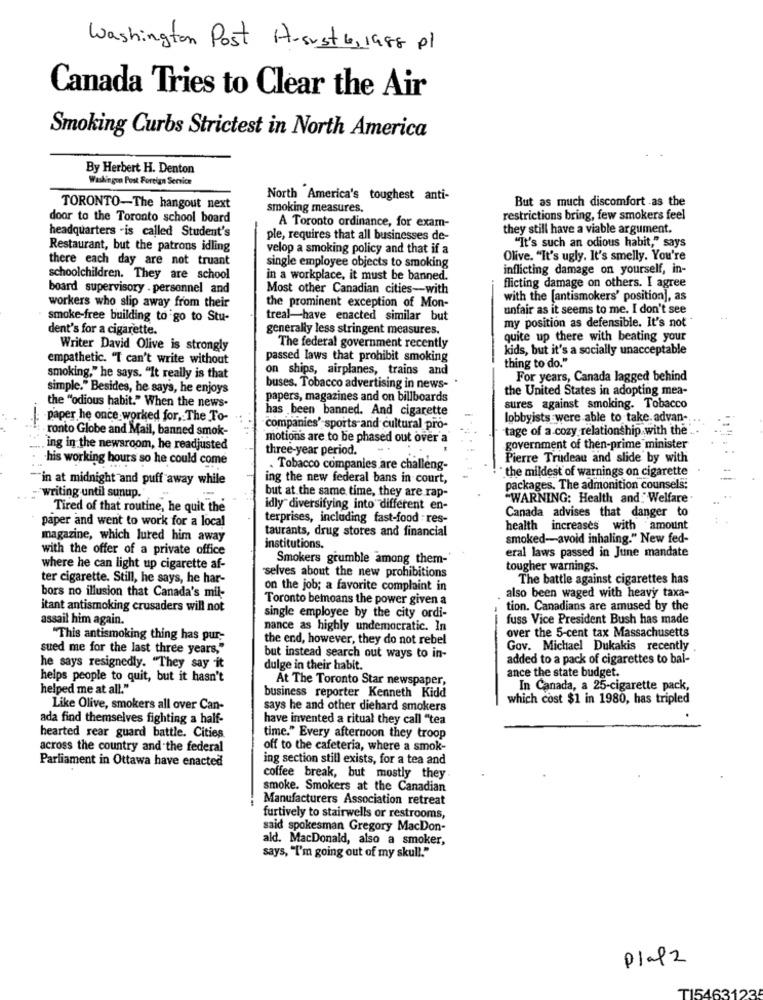
Washington Post Husust 6, 1988 pl
Canada Tries to Clear the Air
Smoking Curbs Strictest in North America
By Herbert H. Denton
Washingon Post Foreign Service
North America's toughest anti-
But as much discomfort .as the
TORONTO-The hangout next
smoking measures.
door to the Toronto school board
restrictions bring, few smokers feel
headquarters -is called Student's
A Toronto ordinance, for exam-
they still have a viable argument.
ple, requires that all businesses de-
"It's such an odious habit," says
Restaurant, but the patrons idling
velop a smoking policy and that if a
there each day are not truant
Olive. "It's ugly. It's smelly. You're
single employee objects to smoking
inflicting damage on yourself, in-
schoolchildren. They are school
in a workplace, it must be banned.
board supervisory . personnel and
Most other Canadian cities-with
flicting damage on others. I agree
with the [antismokers' position], as
workers who slip away from their
the prominent exception of Mon-
unfair as it seems to me. I don't see
smoke-free building to go to Stu-
treal-have enacted similar but
dent's for a cigarette.
generally less stringent measures.
my position as defensible. It's not
quite up there with beating your
Writer David Olive is strongly
The federal government recently
kids, but it's a socially unacceptable
empathetic. "I can't write without
passed laws that prohibit smoking
thing to do."
on ships, airplanes, trains and
smoking," he says. "It really is that
For years, Canada lagged behind
simple." Besides, he says, he enjoys
buses. Tobacco advertising in news-
the United States in adopting mea-
papers, magazines and on billboards
the "odious habit." When the news-
has been banned. And cigarette
sures against smoking. Tobacco
-paper he once worked for, The To-
lobbyists were able to take. advan-
ronto Globe and Mail, banned smok-
companies' sports and cultural pro-
tage of a cozy relationship with the".
motions are to be phased out over a
ing in the newsroom, he readjusted
three-year period.
government of then-prime minister
his working hours so he could come
Pierre Trudeau and slide by with
. Tobacco companies are challeng-
* the mildest of warnings on cigarette
"in at midnight and puff away while
ing the new federal bans in court,
packages. The admonition counsels;
writing until sunup.
but at the same time, they are rap-
"WARNING: Health and Welfare.
Tired of that routine, he quit the
idly diversifying into different en-
Canada advises that danger to
paper and went to work for a local
terprises, including fast-food res-
taurants, drug stores and financial
health increases with amount
magazine, which lured him away
smoked-avoid inhaling." New fed-
with the offer of a private office
institutions.
eral laws passed in June mandate
Smokers grumble among them-'
where he can light up cigarette af-
selves about the new prohibitions
tougher warnings.
ter cigarette. Still, he says, he har-
The battle against cigarettes has
bors no illusion that Canada's mil-
on the job; a favorite complaint in
Toronto bemoans the power given a
also been waged with heavy taxa-
itant antismoking crusaders will not
tion. Canadians are amused by the
assail him again.
single employee by the city ordi-
fuss Vice President Bush has made
nance as highly undemocratic. In
"This antismoking thing has pur-
the end, however, they do not rebel
over the 5-cent tax Massachusetts
sued me for the last three years,"
Gov. Michael Dukakis recently
but instead search out ways to in-
added to a pack of cigarettes to bal-
he says resignedly. "They say it
dulge in their habit.
ance the state budget.
helps people to quit, but it hasn't
At The Toronto Star newspaper,
helped me at all.""
In Canada, a 25-cigarette pack,
business reporter Kenneth Kidd
which cost $1 in 1980, has tripled
Like Olive, smokers all over Can-
says he and other diehard smokers
ada find themselves fighting a half-
have invented a ritual they call "tea
hearted rear guard battle. Cities
time." Every afternoon they troop
across the country and the federal
off to the cafeteria, where a smok-
ing section still exists, for a tea and
Parliament in Ottawa have enacted
coffee break, but mostly they
smoke. Smokers at the Canadian
Manufacturers Association retreat
furtively to stairwells or restrooms,
said spokesman Gregory MacDon-
ald. MacDonald, also a smoker,
says, "I'm going out of my skull."
Platz
TI5463123